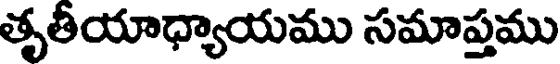
తృతీయాధ్యాయము సమాప్తము